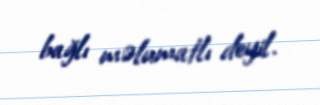
bağlı məlumatlı deyil.